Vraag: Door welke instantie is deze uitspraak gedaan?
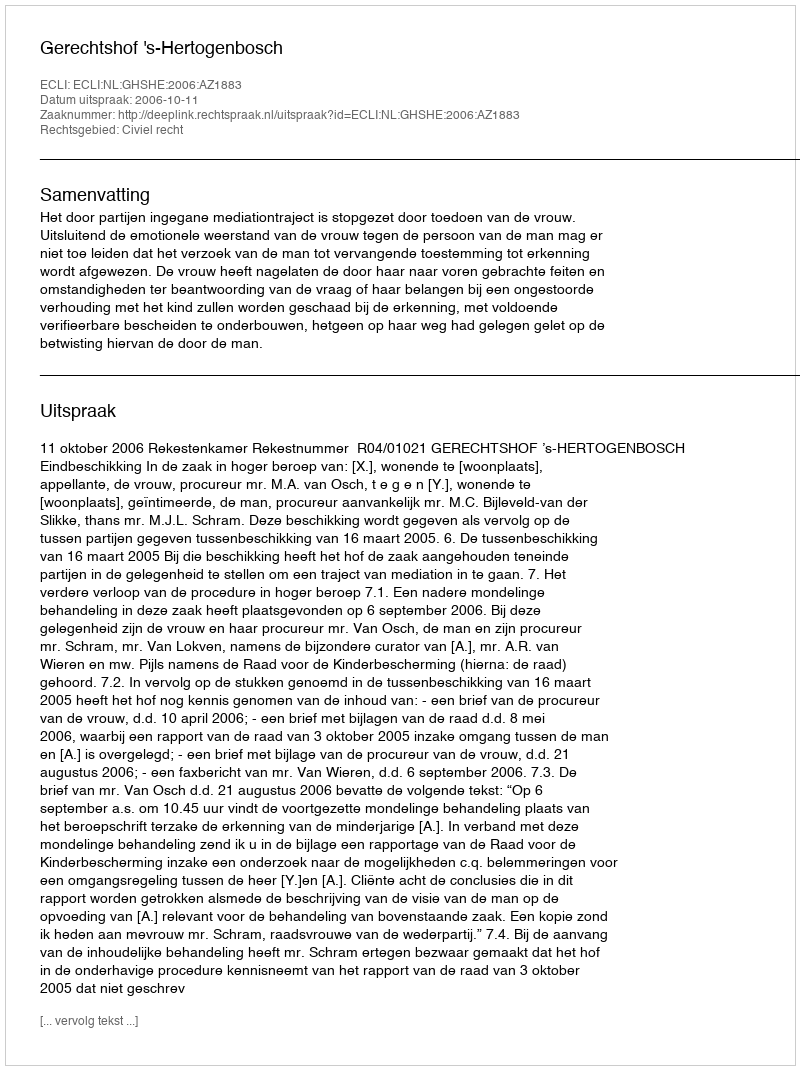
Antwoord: Gerechtshof 's-Hertogenbosch